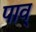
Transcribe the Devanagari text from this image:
पाव्